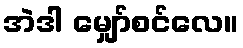
အဲဒါ မျှော်စင်လေ။